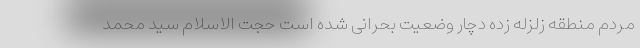
مردم منطقه زلزله زده دچار وضعیت بحرانی شده است حجت الاسلام سید محمد